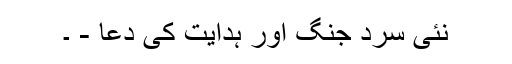
نئی سرد جنگ اور ہدایت کی دعا - ۔